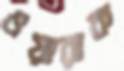
ওয়ারাক